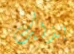
بذلك